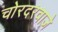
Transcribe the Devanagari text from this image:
चोरदरवाज़े